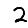
Digit: 2